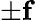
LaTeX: \pm\mathbf{f}